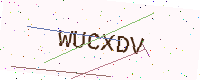
Text: WUCXDV